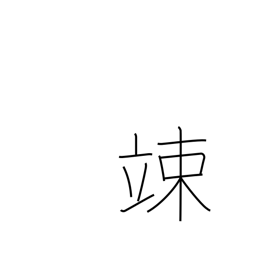
Meaning: cower